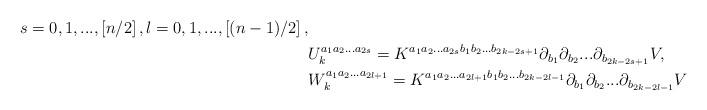
LaTeX: \begin{align*} s=0,1,...,\left[n/2 \right],l=0,1,...,\left[(n-1)/2 \right],\\&U_k^{a_1 a_2...a_{2s}}=K^{a_1 a_2...a_{2s}b_1b_2...b_{2k-2s+1}}\partial_{b_1}\partial_{b_2}...\partial_{b_{2k-2s+1}}V,\\&W_k^{a_1a_2...a_{2l+1}}=K^{a_1 a_2...a_{2l+1}b_1b_2...b_{2k-2l-1}}\partial_{b_1}\partial_{b_2}...\partial_{b_{2k-2l-1}}V\end{align*}